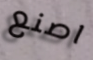
اصنع